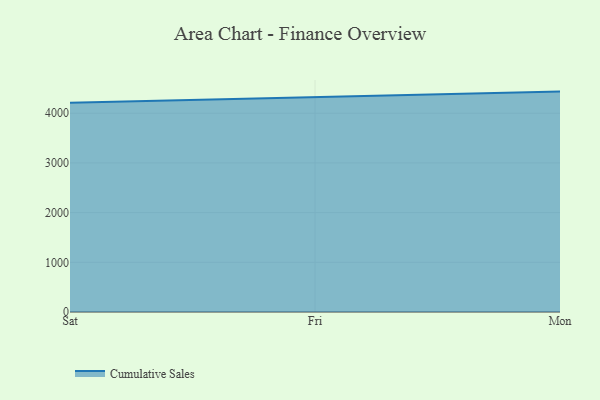
{"axis": {"x": "Day", "y": "Page Views"}, "legend": ["Cumulative Sales"], "data": [{"x": "Sat", "y": 4212.4, "type": "Cumulative Sales"}, {"x": "Fri", "y": 4322.9, "type": "Cumulative Sales"}, {"x": "Mon", "y": 4434.6, "type": "Cumulative Sales"}]}